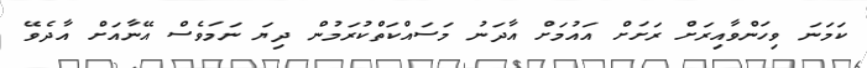
ކަމަނަ ވިހަންވާއިރަށް ރަށަށް އައުމަށް އާދަނު މަސައްކަތްކުރަމުން ދިޔަ ނަމަވެސް އޭނާއަށް އާދެވޭ